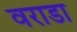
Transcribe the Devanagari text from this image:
वराडा